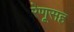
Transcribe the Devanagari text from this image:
रेणूसह